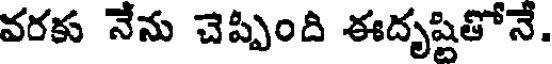
వరకు నేను చెప్పింది ఈదృష్టితోనే.